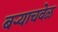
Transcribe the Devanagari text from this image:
बऱ्याचवेळ